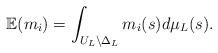
LaTeX: \begin{align*}\mathbb E(m_i)= \int_{U_L\setminus \Delta_L}m_i(s) d\mu_L (s).\end{align*}